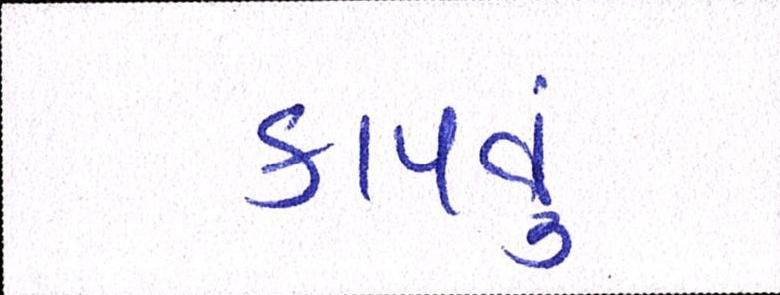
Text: કાપવુ